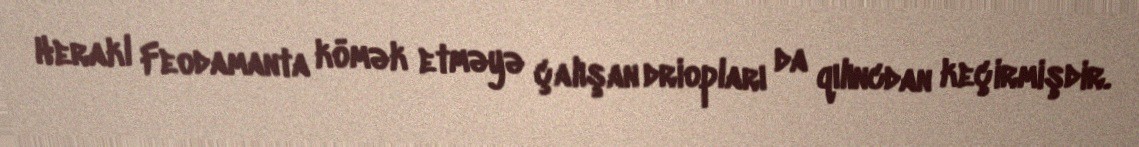
Herakl Feodamanta kömək etməyə çalışan driopları da qılıncdan keçirmişdir.